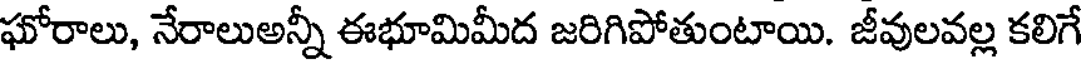
ఘోరాలు, నేరాలుఅన్నీ ఈభూమిమీద జరిగిపోతుంటాయి. జీవులవల్ల కలిగే